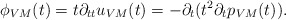
\begin{align*}\phi_{VM}(t) = t \partial_{tt} u_{VM}(t) = - \partial_t (t^2 \partial_t p_{VM}(t)).\end{align*}